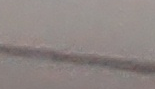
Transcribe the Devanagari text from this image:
सम्बन्ध